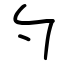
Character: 勺